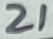
Text: 21